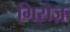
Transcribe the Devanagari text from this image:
गिरोज़